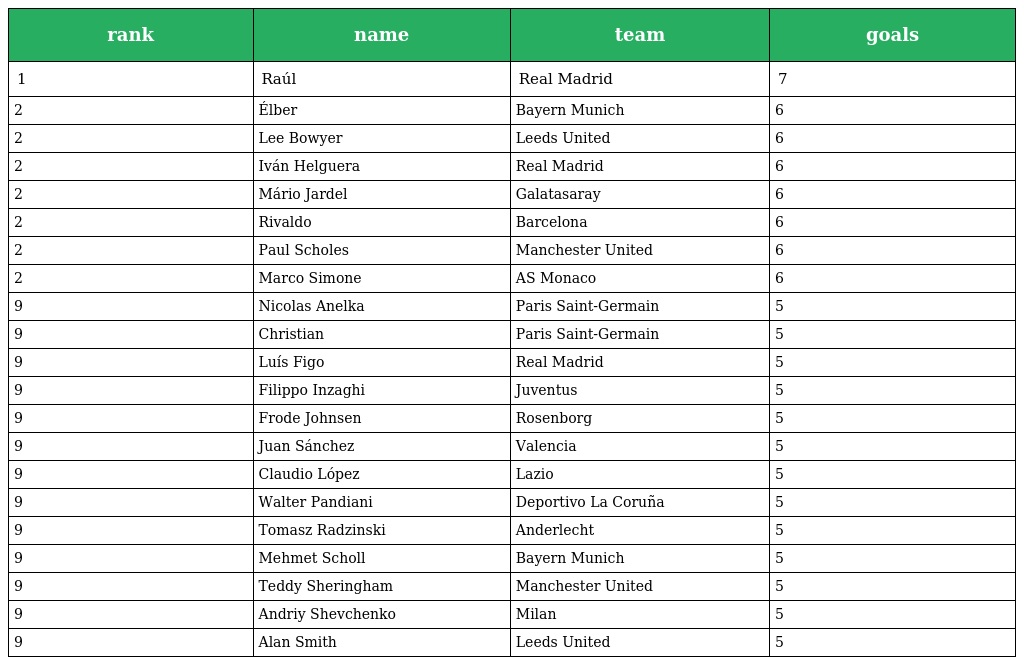
| rank | name | team | goals |
 | --- | --- | --- | --- |
 | 1 | Raúl | Real Madrid | 7 |
 | 2 | Élber | Bayern Munich | 6 |
 | 2 | Lee Bowyer | Leeds United | 6 |
 | 2 | Iván Helguera | Real Madrid | 6 |
 | 2 | Mário Jardel | Galatasaray | 6 |
 | 2 | Rivaldo | Barcelona | 6 |
 | 2 | Paul Scholes | Manchester United | 6 |
 | 2 | Marco Simone | AS Monaco | 6 |
 | 9 | Nicolas Anelka | Paris Saint-Germain | 5 |
 | 9 | Christian | Paris Saint-Germain | 5 |
 | 9 | Luís Figo | Real Madrid | 5 |
 | 9 | Filippo Inzaghi | Juventus | 5 |
 | 9 | Frode Johnsen | Rosenborg | 5 |
 | 9 | Juan Sánchez | Valencia | 5 |
 | 9 | Claudio López | Lazio | 5 |
 | 9 | Walter Pandiani | Deportivo La Coruña | 5 |
 | 9 | Tomasz Radzinski | Anderlecht | 5 |
 | 9 | Mehmet Scholl | Bayern Munich | 5 |
 | 9 | Teddy Sheringham | Manchester United | 5 |
 | 9 | Andriy Shevchenko | Milan | 5 |
 | 9 | Alan Smith | Leeds United | 5 |